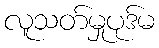
လူသတ်မှုပုဒ်မ